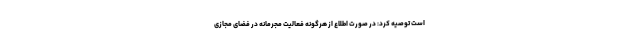
است توصیه کرد: در صورت اطلاع از هرگونه فعالیت مجرمانه در فضای مجازی